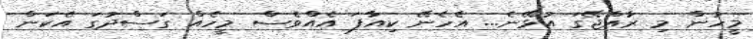
މީހުން މި ރާއްޖޭގަ އުޅޭނެ... އެހެނޭ ކިއާފަ އެއްވެސް މީހެެއް ގަސްދުގަ އެކަން